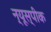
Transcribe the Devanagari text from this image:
न्यूस्पीक